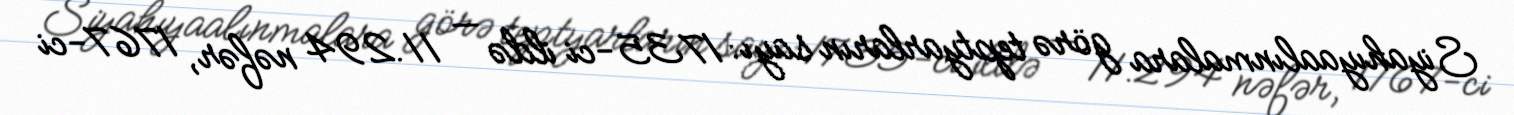
Siyahıyaalınmalara görə teptyarların sayı: 1735-ci ildə — 11.294 nəfər, 1767-ci